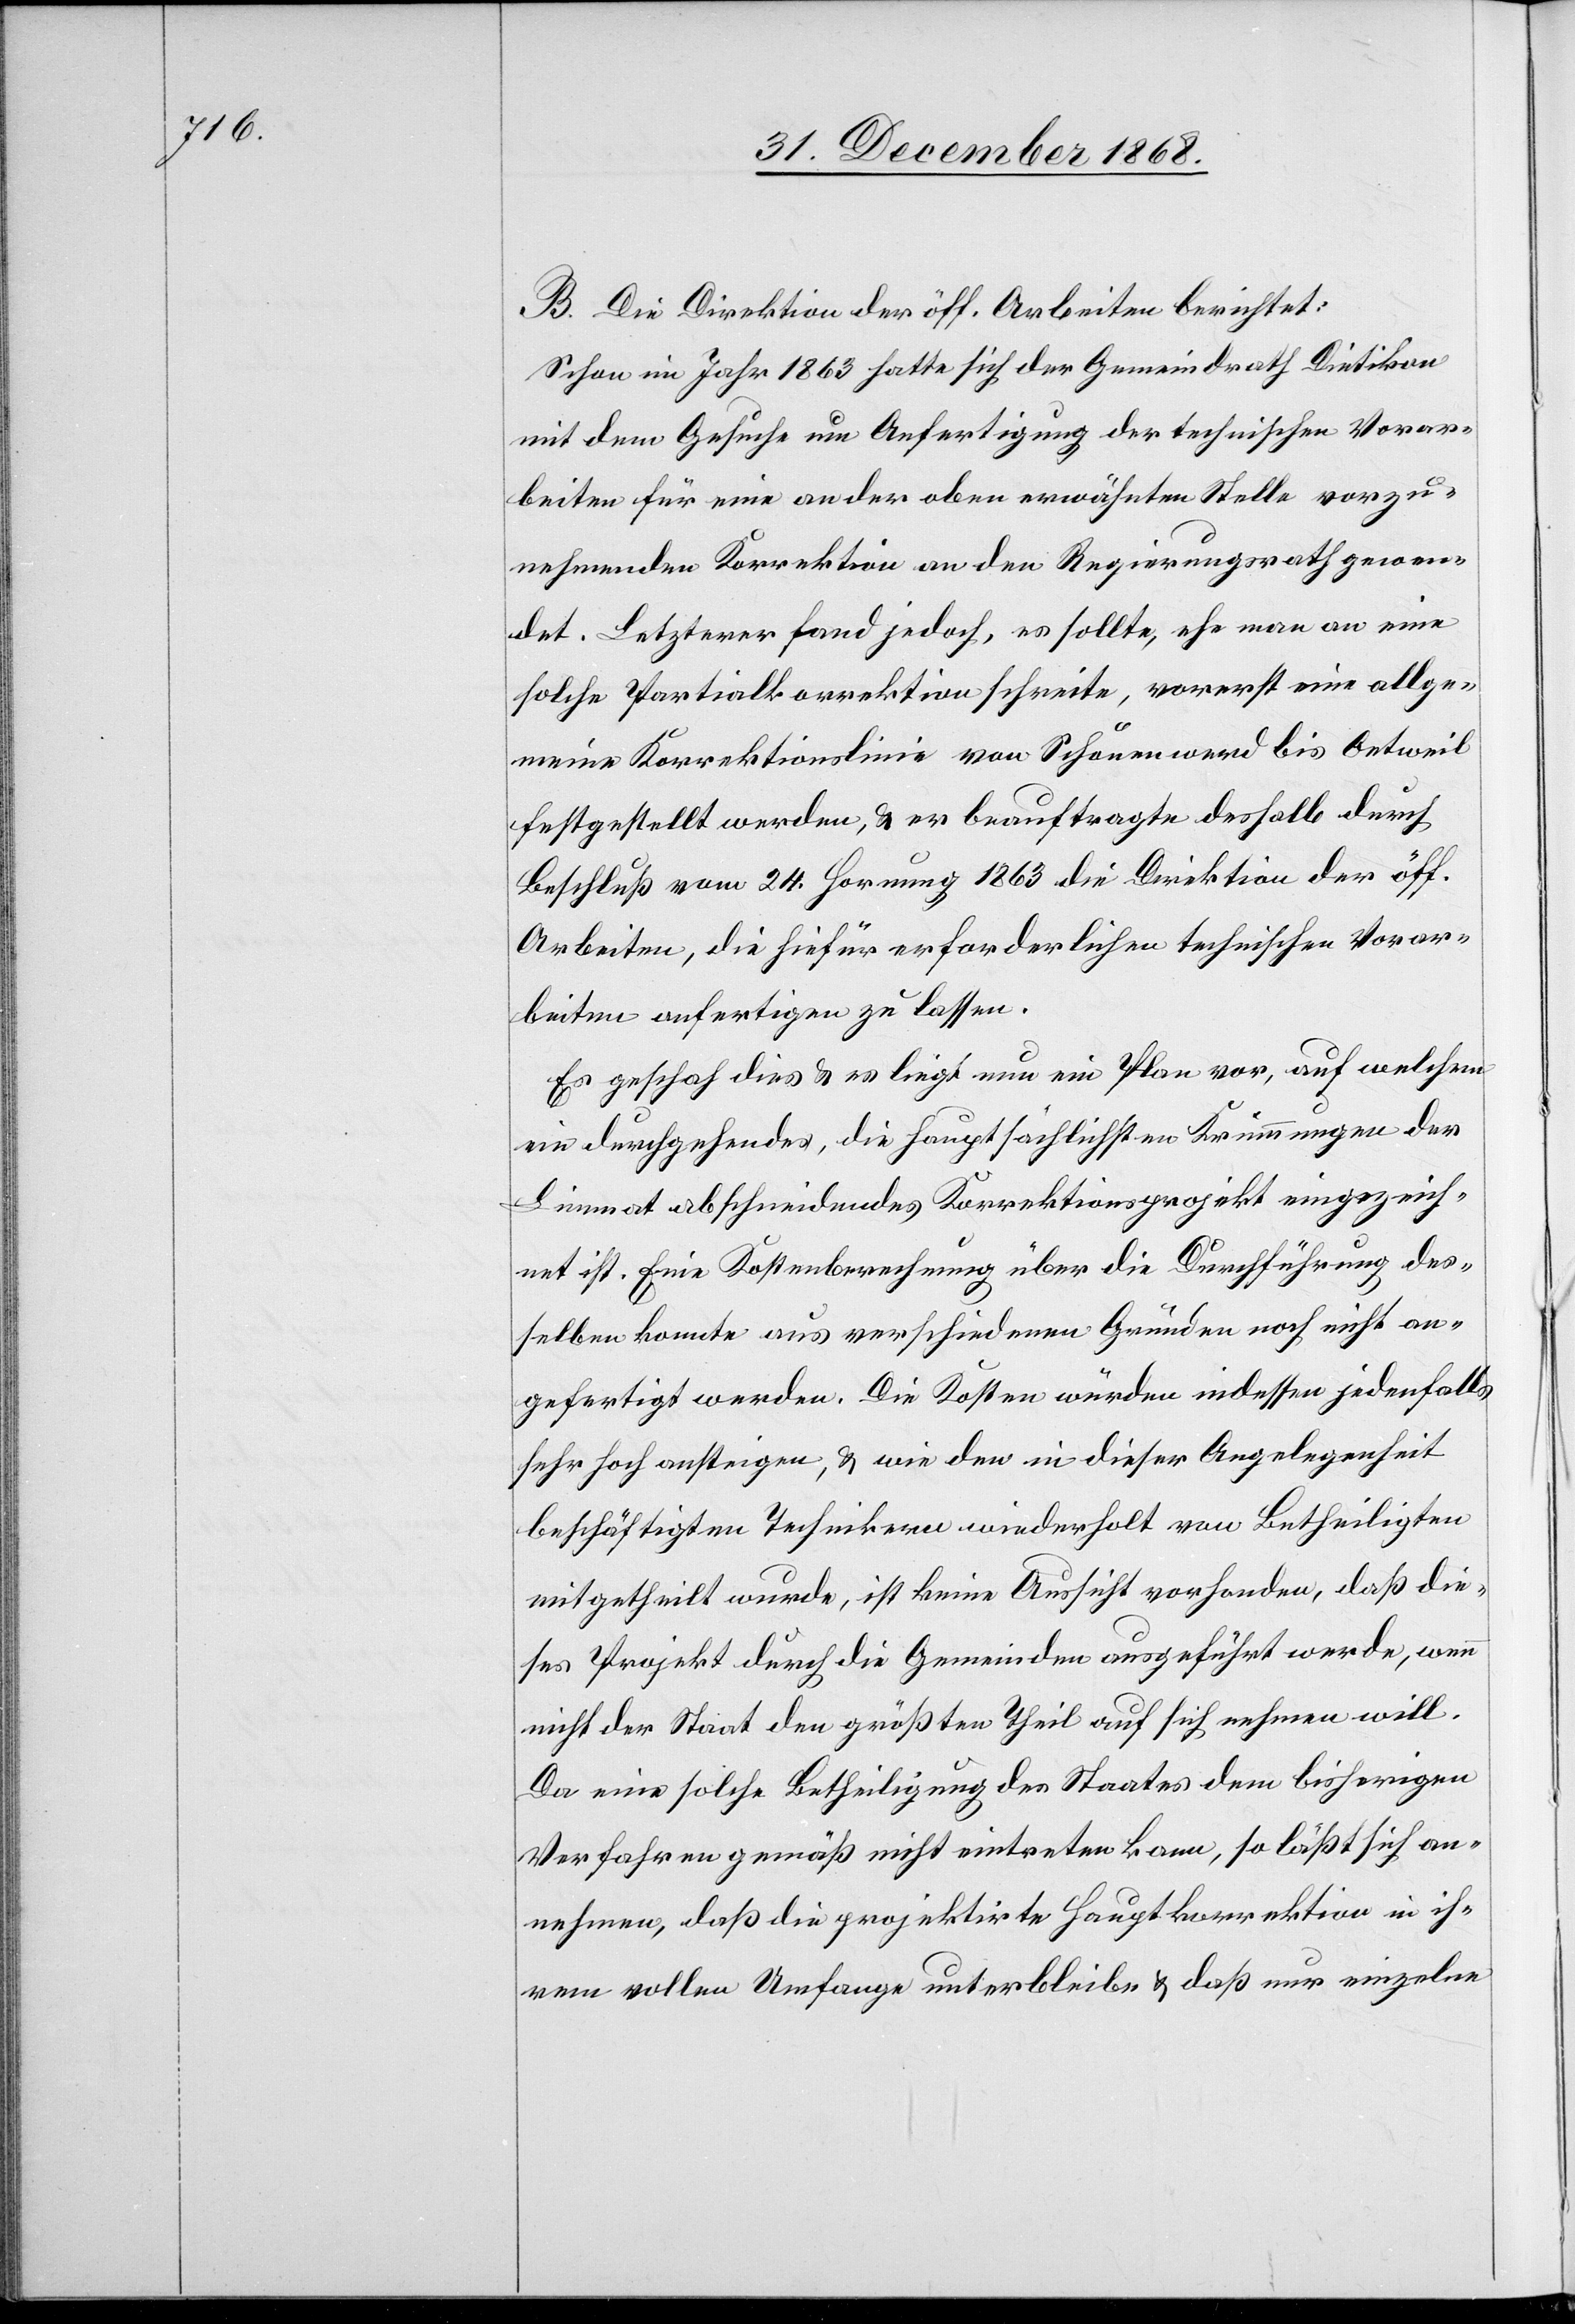
B. Die Direktion der öff. Arbeiten berichtet:
Schon im Jahr 1863 hatte sich der Gemeindrath Dietikon
mit dem Gesuche um Anfertigung der technischen Vorar¬
beiten für eine an der oben erwähnten Stelle vorzu¬
nehmenden Korrektion an den Regierungsrath gewen¬
det. Letzterer fand jedoch, es sollte, ehe man an eine
solche Partialkorrektion schreite, vorerst eine allge¬
meine Korrektionslinie von Schönenwerd bis Oetweil
festgestellt werden, & er beauftragte deshalb durch
Beschluß vom 24. Hornung 1863 die Direktion der öff.
Arbeiten, die hiefür erforderlichen technischen Vorar¬
beiten anfertigen zu lassen.
Es geschah dies & es liegt nun ein Plan vor, auf welchem
ein durchgehendes, die hauptsächlichsten Krümmungen der
Limmat abschneidendes Korrektionsprojekt eingezeich¬
net ist. Eine Kostenberechnung über die Durchführung des¬
selben konnte aus verschiedenen Gründen noch nicht an¬
gefertigt werden. Die Kosten würden indessen jedenfalls
sehr hoch ansteigen, & wie den in dieser Angelegenheit
beschäftigten Technikern wiederholt von Betheiligten
mitgetheilt wurde, ist keine Aussicht vorhanden, daß die¬
ses Projekt durch die Gemeinden ausgeführt werde, wenn
nicht der Staat den größten Theil auf sich nehmen will.
Da eine solche Betheiligung des Staates dem bisherigen
Verfahren gemäß nicht eintreten kann, so läßt sich an¬
nehmen, daß die projektirte Hauptkorrektion in ih¬
rem vollen Umfange unterbleibe & daß nur einzelne